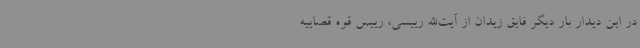
در این دیدار بار دیگر فایق زیدان از آیت‌الله رییسی، رییس قوه قصاییه